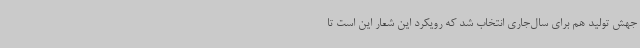
جهش تولید هم برای سال‌جاری انتخاب شد که رویکرد این شعار این است تا